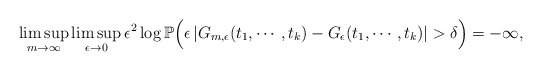
\begin{align*}&\limsup_{m\to\infty}\limsup_{\epsilon\to0}\epsilon^{2}\log\mathbb P\Big(\epsilon\left|G_{m,\epsilon}(t_1,\cdots, t_k)-G_{\epsilon}(t_1,\cdots, t_k)\right|>\delta\Big)=-\infty,\end{align*}